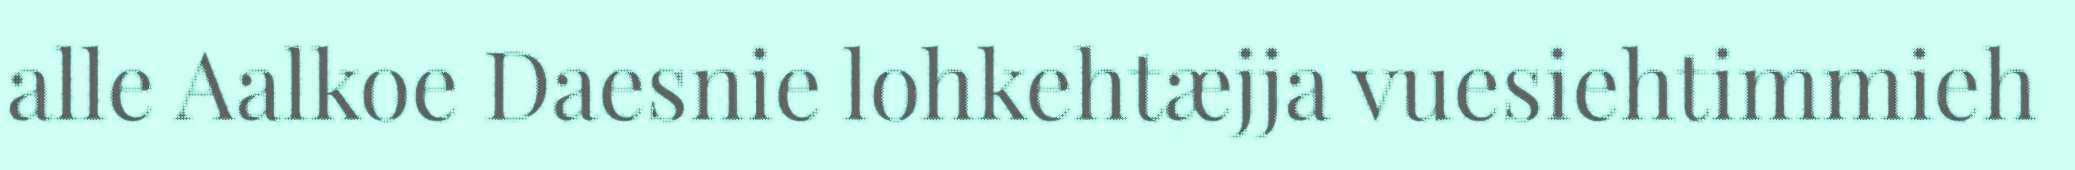
alle Aalkoe Daesnie lohkehtæjja vuesiehtimmieh